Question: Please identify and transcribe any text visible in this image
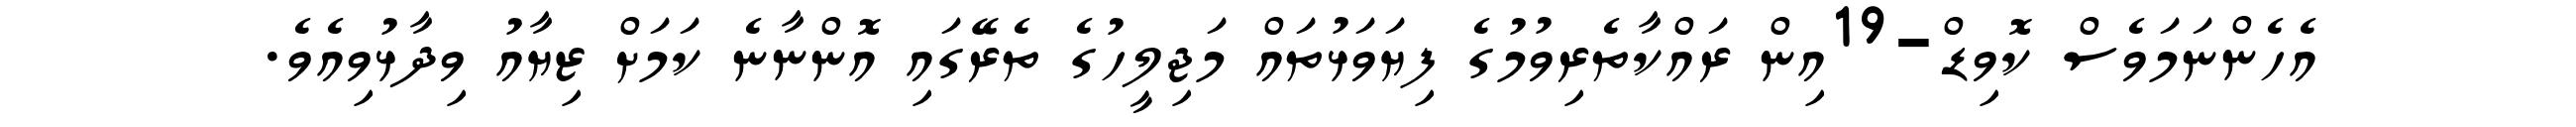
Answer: އެހެންނަމަވެސް ކޮވިޑް-19އިން ރައްކާތެރިވުމުގެ ފިޔަވަޅުތައް މަޖިލީހުގެ ތެރޭގައި އޮންނާނެ ކަމަށް ޒިޔާއު ވިދާޅުވިއެވެ.